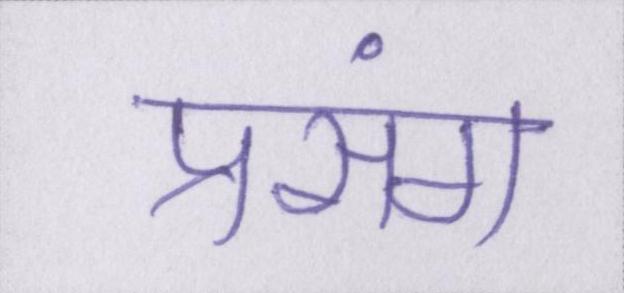
प्रसंग